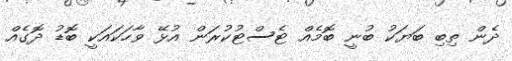
ދެން ތިބި ބަޔަކު ބުނީ ބޮމެއް ޓެސްޓުކުރަން އުޅޭ ވާހަކައަކީ ބޮޑު ދޮގެއް